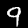
Label: 9